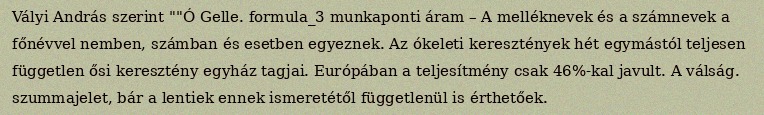
Vályi András szerint ""Ó Gelle. formula_3 munkaponti áram – A melléknevek és a számnevek a főnévvel nemben, számban és esetben egyeznek. Az ókeleti keresztények hét egymástól teljesen független ősi keresztény egyház tagjai. Európában a teljesítmény csak 46%-kal javult. A válság. szummajelet, bár a lentiek ennek ismeretétől függetlenül is érthetőek.